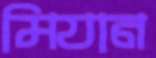
মিযান